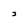
Character: J